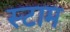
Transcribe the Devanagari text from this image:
स्टाम